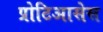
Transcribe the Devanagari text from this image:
प्रोटिआसेस